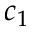
c _ { 1 }